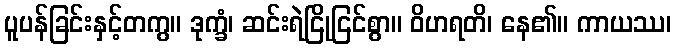
ပူပန်ခြင်းနှင့်တကွ။ ဒုက္ခံ၊ ဆင်းရဲငြိုငြင်စွာ။ ဝိဟရတိ၊ နေ၏။ ကာယဿ၊